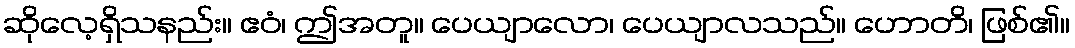
ဆိုလေ့ရှိသနည်း။ ဧဝံ၊ ဤအတူ။ ပေယျာလော၊ ပေယျာလသည်။ ဟောတိ၊ ဖြစ်၏။